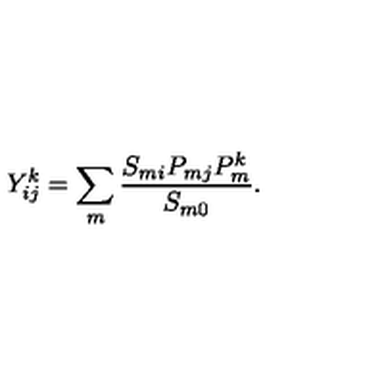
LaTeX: Y _ { i j } ^ { k } = \sum _ { m } \frac { S _ { m i } P _ { m j } P _ { m } ^ { k } } { S _ { m 0 } } .